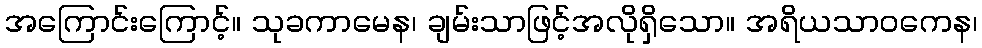
အကြောင်းကြောင့်။ သုခကာမေန၊ ချမ်းသာဖြင့်အလိုရှိသော။ အရိယသာဝကေန၊